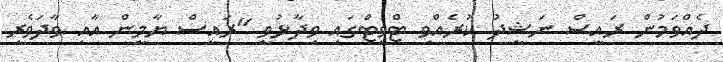
ދެއްވަމުން ރައީސް ނަޝީދު ކުރެއްވި ޓްވީޓްގައި ވިދާޅުވީ "ރައީސް ޔާމީން އާއި ވާދަވެރި